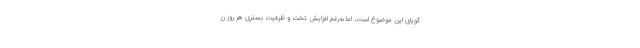
گویای این موضوع است، اما به‌رغم افزایش تخت و ظرفیت بستری هر روز ن